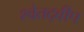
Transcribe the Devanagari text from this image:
श्वेतद्वीप